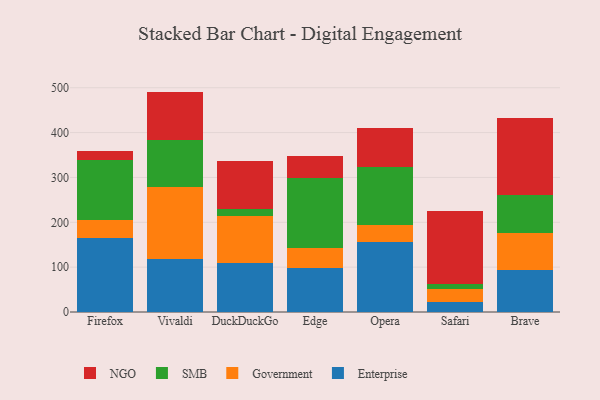
{"axis": {"x": "Browser", "y": "LTV (USD)"}, "legend": ["Enterprise", "Government", "NGO", "SMB"], "data": [{"x": "Firefox", "y": 164.0, "type": "Enterprise"}, {"x": "Firefox", "y": 41.6, "type": "Government"}, {"x": "Firefox", "y": 133.9, "type": "SMB"}, {"x": "Firefox", "y": 19.1, "type": "NGO"}, {"x": "Vivaldi", "y": 119.2, "type": "Enterprise"}, {"x": "Vivaldi", "y": 159.6, "type": "Government"}, {"x": "Vivaldi", "y": 103.6, "type": "SMB"}, {"x": "Vivaldi", "y": 109.0, "type": "NGO"}, {"x": "DuckDuckGo", "y": 109.8, "type": "Enterprise"}, {"x": "DuckDuckGo", "y": 103.3, "type": "Government"}, {"x": "DuckDuckGo", "y": 16.4, "type": "SMB"}, {"x": "DuckDuckGo", "y": 107.4, "type": "NGO"}, {"x": "Edge", "y": 97.4, "type": "Enterprise"}, {"x": "Edge", "y": 45.3, "type": "Government"}, {"x": "Edge", "y": 156.5, "type": "SMB"}, {"x": "Edge", "y": 49.0, "type": "NGO"}, {"x": "Opera", "y": 155.6, "type": "Enterprise"}, {"x": "Opera", "y": 38.9, "type": "Government"}, {"x": "Opera", "y": 128.2, "type": "SMB"}, {"x": "Opera", "y": 86.7, "type": "NGO"}, {"x": "Safari", "y": 21.7, "type": "Enterprise"}, {"x": "Safari", "y": 29.3, "type": "Government"}, {"x": "Safari", "y": 11.0, "type": "SMB"}, {"x": "Safari", "y": 163.8, "type": "NGO"}, {"x": "Brave", "y": 93.9, "type": "Enterprise"}, {"x": "Brave", "y": 83.1, "type": "Government"}, {"x": "Brave", "y": 84.2, "type": "SMB"}, {"x": "Brave", "y": 172.1, "type": "NGO"}]}